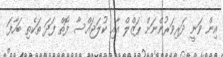
އިން ވަނީ ދަރިވަރުންނަށް ޕަޒްލް އާއި ކުލަޖައްސާ ފޮތް ފަދަ ތަކެތި ބަހާފަ